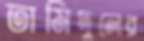
তামিদুলের